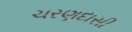
ચરણદાસી